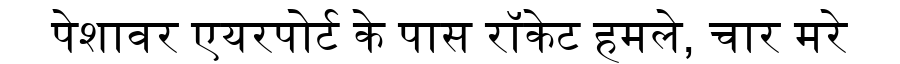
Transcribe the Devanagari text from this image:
पेशावर एयरपोर्ट के पास रॉकेट हमले, चार मरे